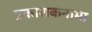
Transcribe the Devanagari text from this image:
प्रकाशकनामा